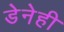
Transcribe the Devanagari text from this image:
डेनेही